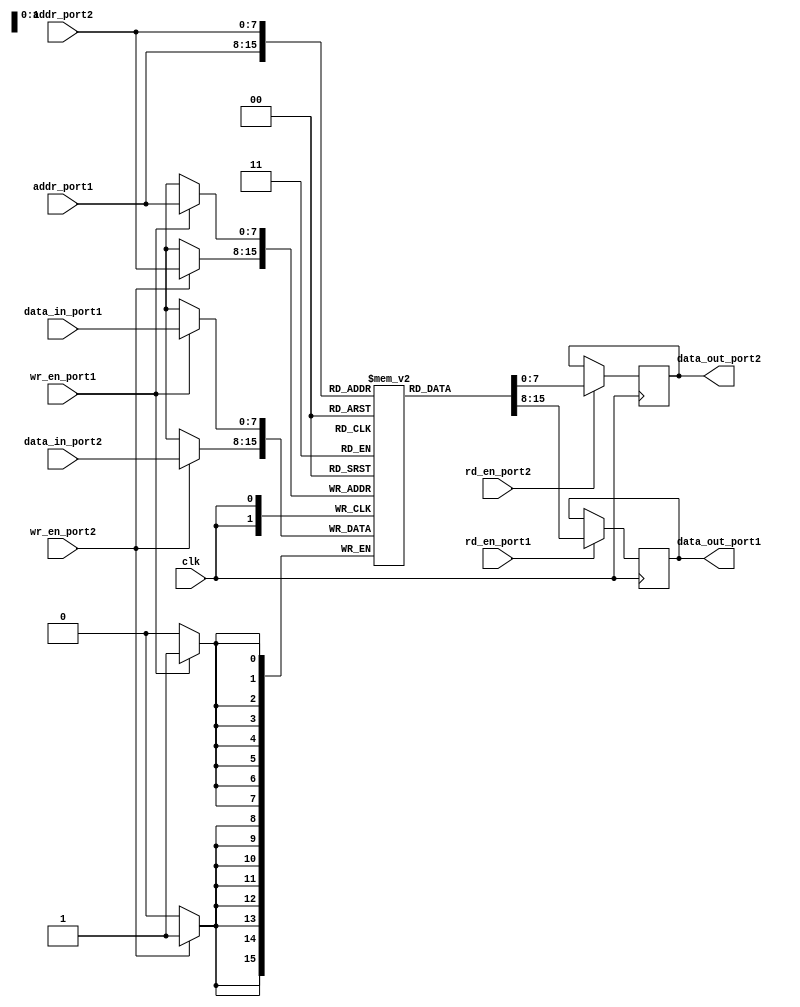
module dual_port_ram (
    input wire clk,
    input wire [7:0] addr_port1,
    input wire [7:0] addr_port2,
    input wire [7:0] data_in_port1,
    input wire [7:0] data_in_port2,
    input wire wr_en_port1,
    input wire wr_en_port2,
    input wire rd_en_port1,
    input wire rd_en_port2,
    output reg [7:0] data_out_port1,
    output reg [7:0] data_out_port2
);

reg [7:0] mem [0:255];

always @(posedge clk) begin
    if (wr_en_port1) begin
        mem[addr_port1] <= data_in_port1;
    end
    if (rd_en_port1) begin
        data_out_port1 <= mem[addr_port1];
    end
    if (wr_en_port2) begin
        mem[addr_port2] <= data_in_port2;
    end
    if (rd_en_port2) begin
        data_out_port2 <= mem[addr_port2];
    end
end

endmodule